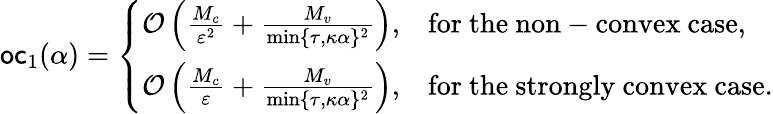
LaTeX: \mathsf{oc}_{1}(\alpha)=\left\{ \begin{array}{ll}{{\cal O}\left(\frac{M_{c}}{\varepsilon^{2}}+\frac{M_{v}}{\operatorname*{min}\{ {\tau,\kappa\alpha\} ^{2}}}\right),}&{\mathrm{for~the~non-convex~case,}}\\ {{\cal O}\left(\frac{M_{c}}{\varepsilon}+\frac{M_{v}}{\operatorname*{min}\{ {\tau,\kappa\alpha\} ^{2}}}\right),}&{\mathrm{for~the~strongly~convex~case.}}\end{array}\right.